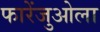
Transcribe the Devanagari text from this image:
फारेंजुओला